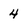
Character: 4